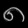
Digit: ၈